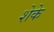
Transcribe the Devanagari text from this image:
शेके